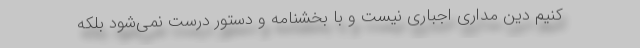
کنیم دین مداری اجباری نیست و با بخشنامه و دستور درست نمی‌شود بلکه